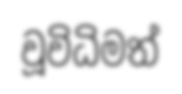
වූවිධිමත්